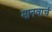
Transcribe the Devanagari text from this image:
मानवाचं